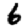
Digit: 6